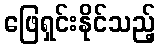
ဖြေရှင်းနိုင်သည့်